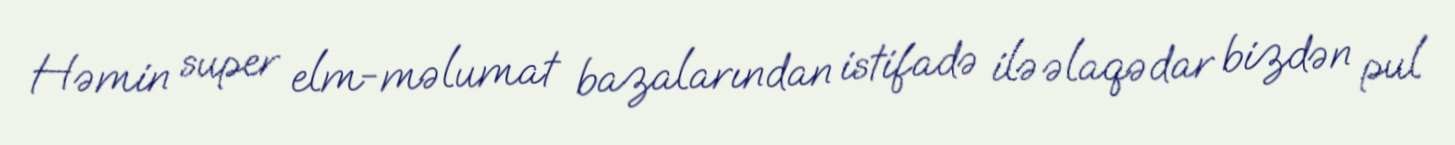
Həmin super elm-məlumat bazalarından istifadə ilə əlaqədar bizdən pul